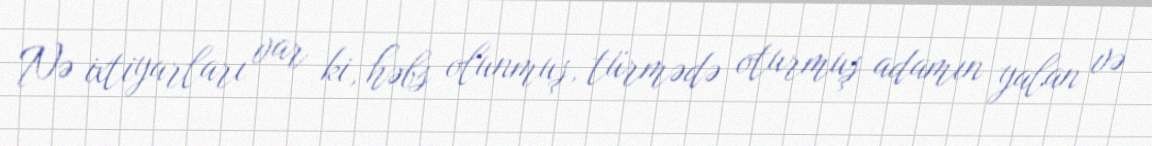
Nə ixtiyarları var ki, həbs olunmuş, türmədə oturmuş adamın yalan və